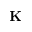
{ \bf K }